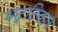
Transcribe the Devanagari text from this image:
भट्टिकार